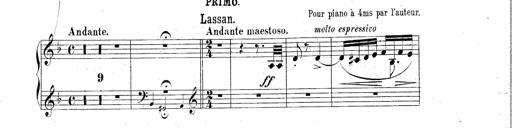
Title: Hungarian Rhapsody No.2
Composer: Franz Liszt
Key: C-sharp minor